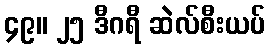
၄၉။ ၂၅ ဒီဂရီ ဆဲလ်စီးယပ်